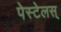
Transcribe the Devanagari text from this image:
पेस्टेलस्